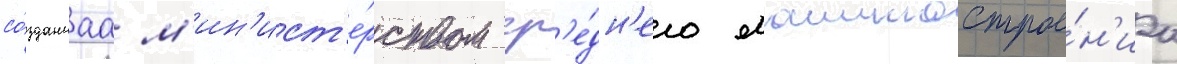
со́зданнаа м'ин'ист'е́рством ср'е́дн'его машинострое́н'иа